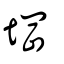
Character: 堈